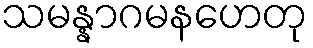
သမန္နာဂမနဟေတု